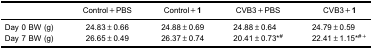
|  | Control+PBS | Control+1 | CVB3+PBS | CVB3+1 |
 | --- | --- | --- | --- | --- |
 | Day 0 BW (g) | 24.83±0.66 | 24.88±0.69 | 24.88±0.64 | 24.79±0.59 |
 | Day 7 BW (g) | 26.65±0.49 | 26.37±0.74 | 20.41±0.73*# | 22.41±1.15*#+ |